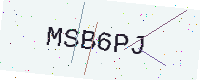
Text: MSB6PJ